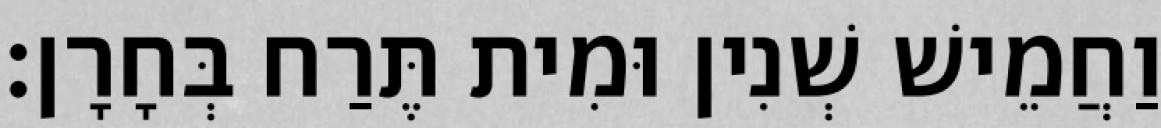
וַחֲמֵישׁ שְׁנִין וּמִית תֶּרַח בְּחָרָן׃